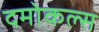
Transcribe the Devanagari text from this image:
दमोकल्स